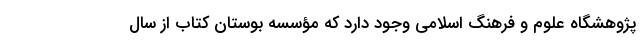
پژوهشگاه علوم و فرهنگ اسلامی وجود دارد که مؤسسه بوستان کتاب از سال